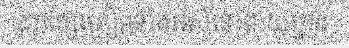
ដកខ្សែត្រៀមទាំងអស់នៅជាយក្រុង